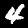
Label: 4